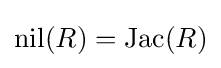
\operatorname {nil} (R)=\operatorname {Jac} (R)